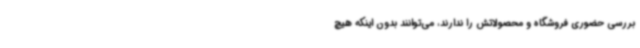
بررسی حضوری فروشگاه و محصولاتش را ندارند، می‌توانند بدون اینکه هیچ